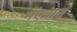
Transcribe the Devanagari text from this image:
मेंएवान